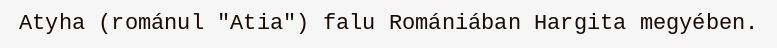
Atyha (románul "Atia") falu Romániában Hargita megyében.